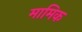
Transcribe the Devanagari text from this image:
मामिक